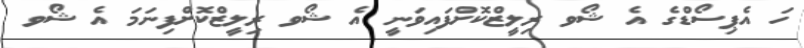
ހަ އެޕިސޯޑްގެ އެ ޝޯވ ރިލީޒްކޮށްފައިވަނީ އެ ޝޯވ ރިލީޒްކޮށްފިނަމަ އެ ޝޯވ